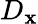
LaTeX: D_{\mathbf{x}}